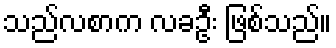
သည်လစာက လခဦး ဖြစ်သည်။